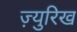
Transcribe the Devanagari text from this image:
ज़्युरिख